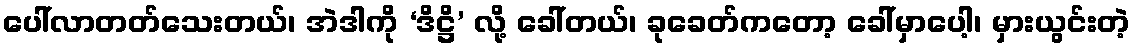
ပေါ်လာတတ်သေးတယ်၊ အဲဒါကို ‘ဒိဋ္ဌိ’ လို့ ခေါ်တယ်၊ ခုခေတ်ကတော့ ခေါ်မှာပေါ့၊ မှားယွင်းတဲ့